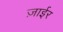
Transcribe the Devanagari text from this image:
ज़ाईर